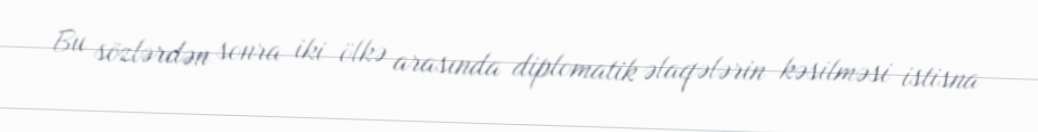
Bu sözlərdən sonra iki ölkə arasında diplomatik əlaqələrin kəsilməsi istisna